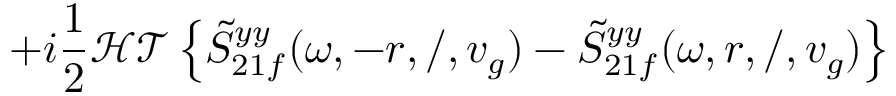
+ i \frac { 1 } { 2 } \mathcal { H T } \left\{ \tilde { S } _ { 2 1 f } ^ { y y } ( \omega , - r , / , v _ { g } ) - \tilde { S } _ { 2 1 f } ^ { y y } ( \omega , r , / , v _ { g } ) \right\}